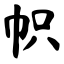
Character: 帜